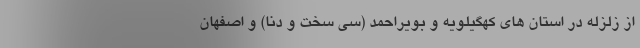
از زلزله در استان های کهگیلویه و بویراحمد (سی سخت و دنا) و اصفهان